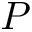
P